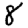
Digit: 8